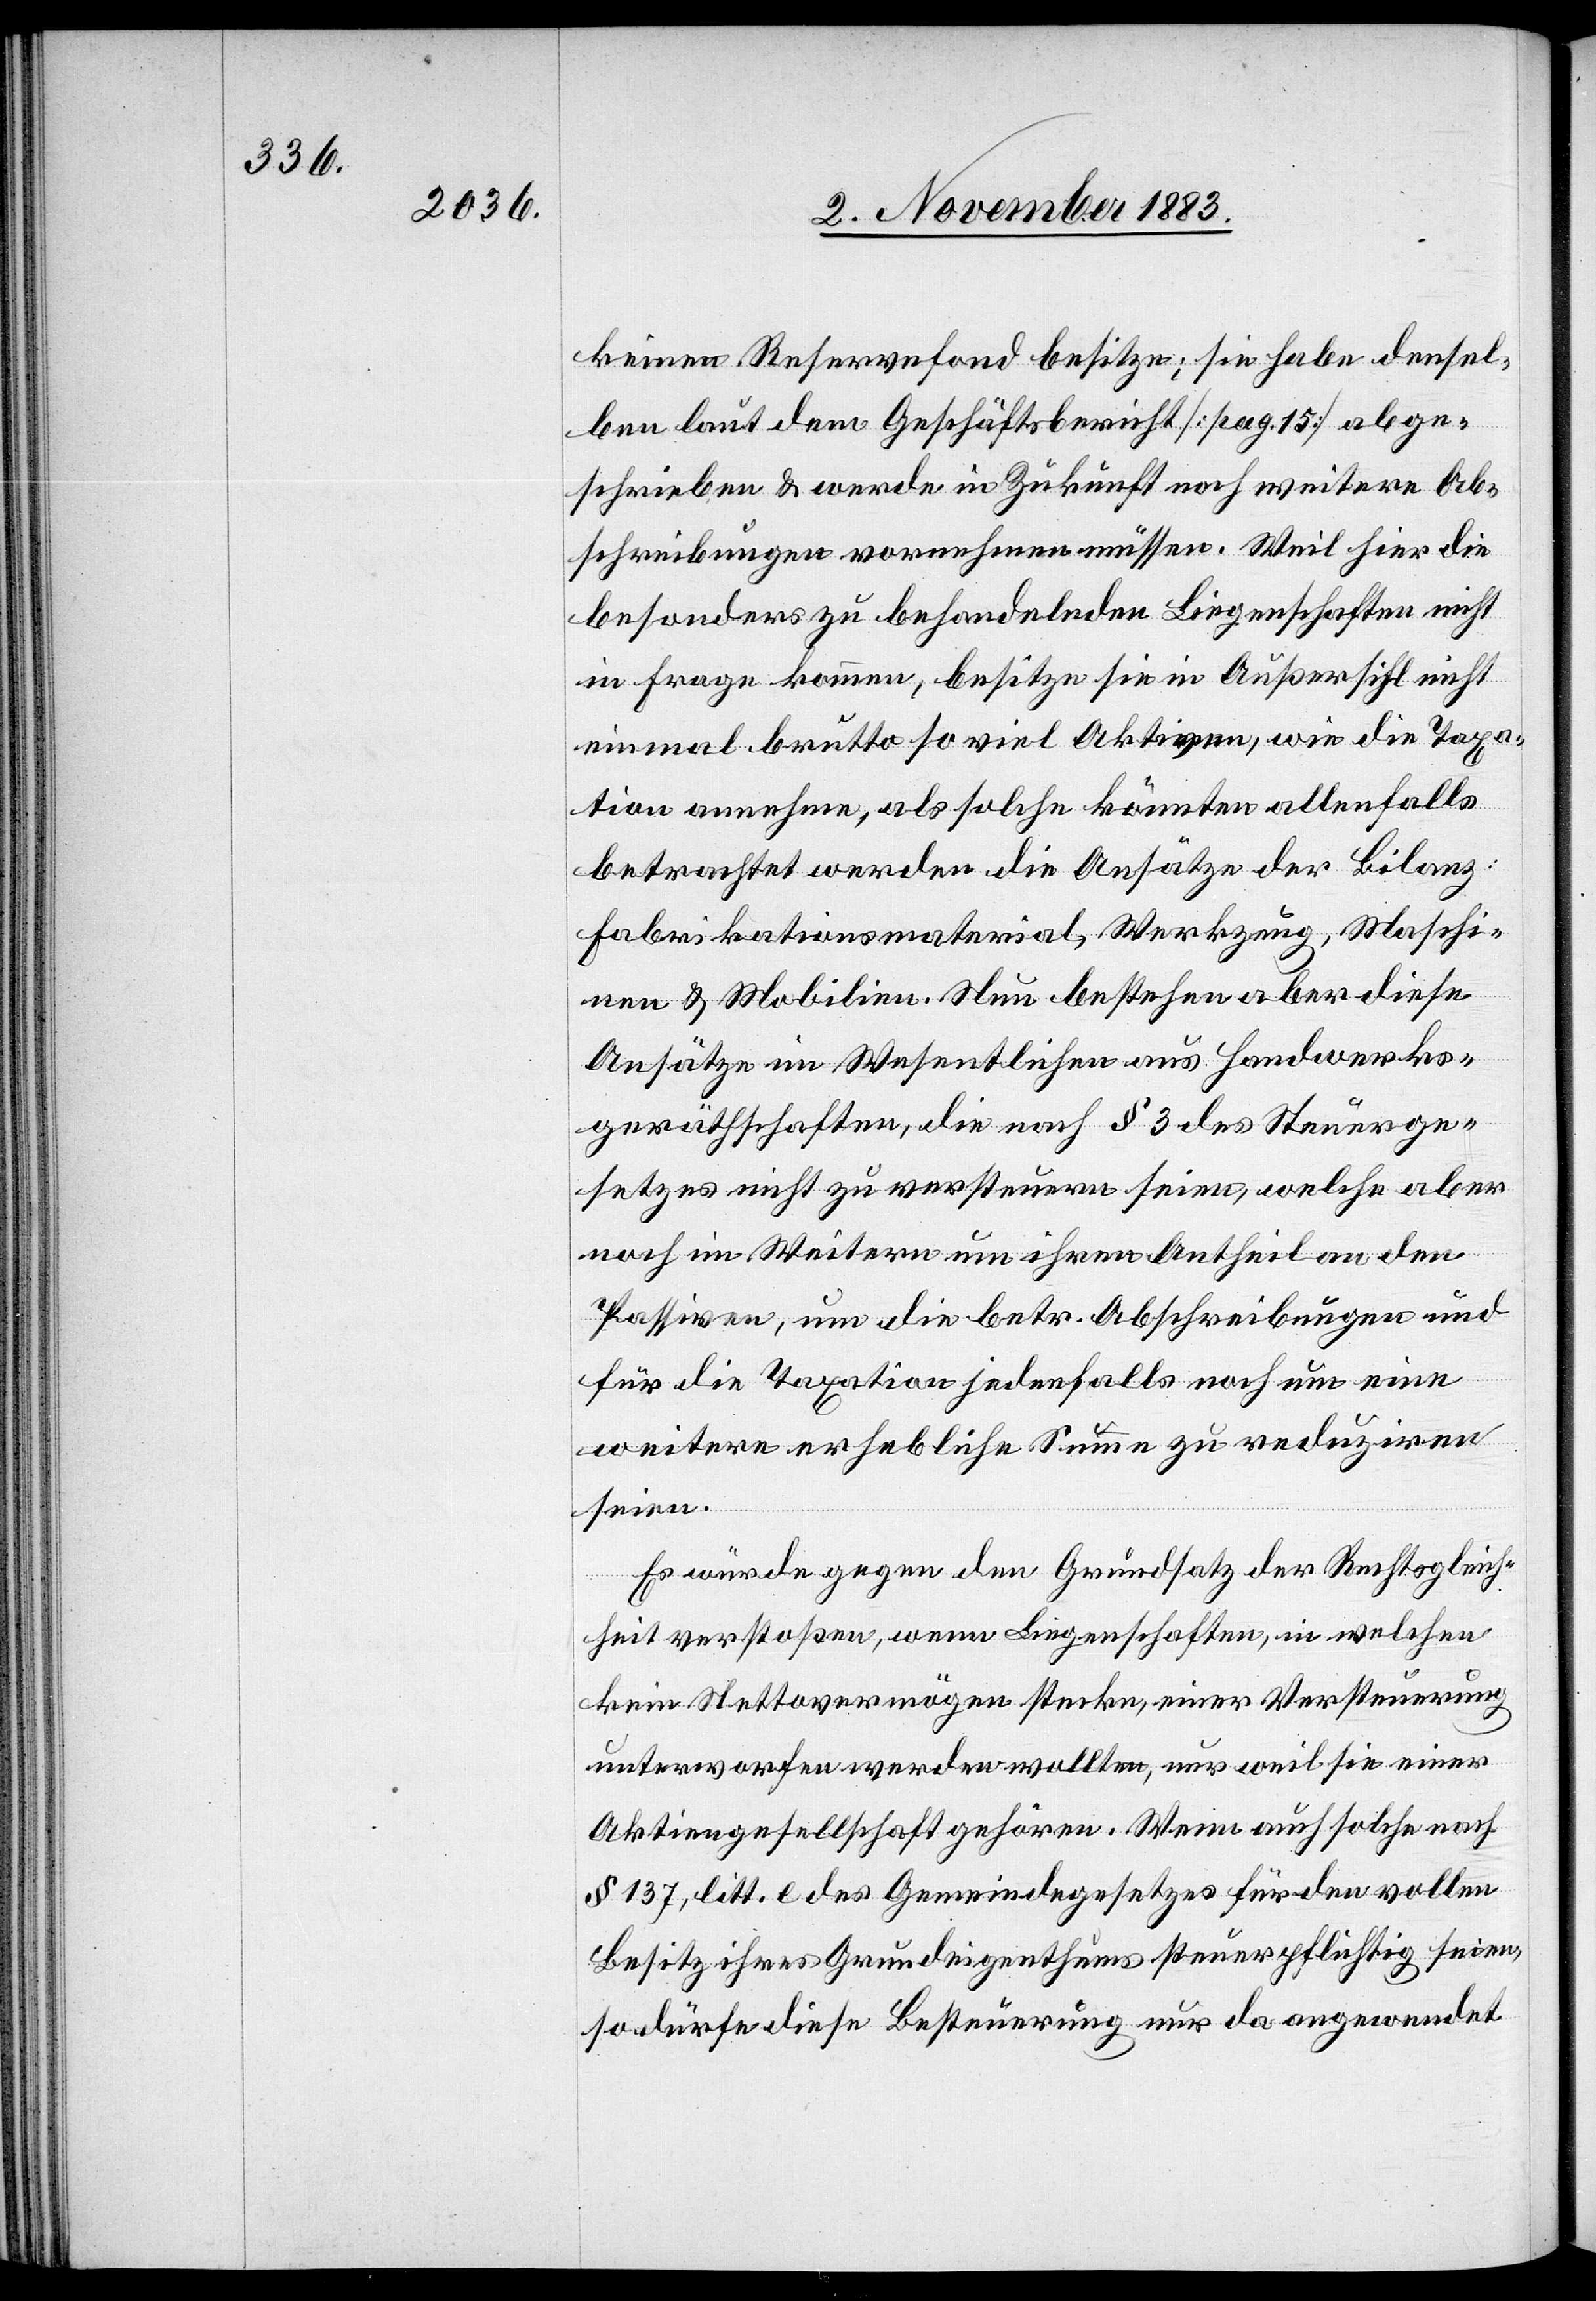
keinen Reservefond besitze; sie habe densel¬
ben laut dem Geschäftsbericht [pag. 15] abge¬
schrieben & werde in Zukunft noch weitere Ab¬
schreibungen vornehmen müssen. Weil hier die
besonders zu behandelnden Liegenschaften nicht
in Frage kommen, besitze sie in Außersihl nicht
einmal brutto so viel Aktiven, wie die Taxa¬
tion annehme, als solche könnten allenfalls
betrachtet werden die Ansätze der Bilanz:
Fabrikationsmaterial, Werkzeug, Maschi¬
nen & Mobilien. Nun bestehen aber diese
Ansätze im Wesentlichen aus Handwerks¬
geräthschaften, die nach § 3 des Steuerge¬
setzes nicht zu versteuern seien, welche aber
noch im Weitern um ihren Antheil an den
Passiven, um die betr. Abschreibungen und
für Taxation jedenfalls noch um eine
weitere erhebliche Summe zu reduziren
seien.
Es würde gegen den Grundsatz der Rechtsgleich¬
heit verstoßen, wenn Liegenschaften, in welchen
kein Nettovermögen stecke, einer Versteuerung
unterworfen werden wollten, nur weil sie einer
Aktiengesellschaft gehören. Wenn auch solche nach
§ 137, litt. e des Gemeindegesetzes für den vollen
Besitz ihres Grundeigenthums steuerpflichtig seien,
so dürfe diese Besteuerung nur da angewendet